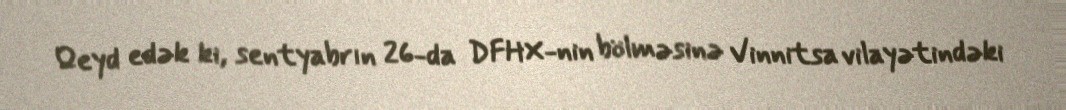
Qeyd edək ki, sentyabrın 26-da DFHX-nin bölməsinə Vinnitsa vilayətindəki